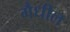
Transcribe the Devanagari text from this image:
गैधील